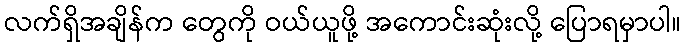
လက်ရှိအချိန်က တွေကို ဝယ်ယူဖို့ အကောင်းဆုံးလို့ ပြောရမှာပါ။